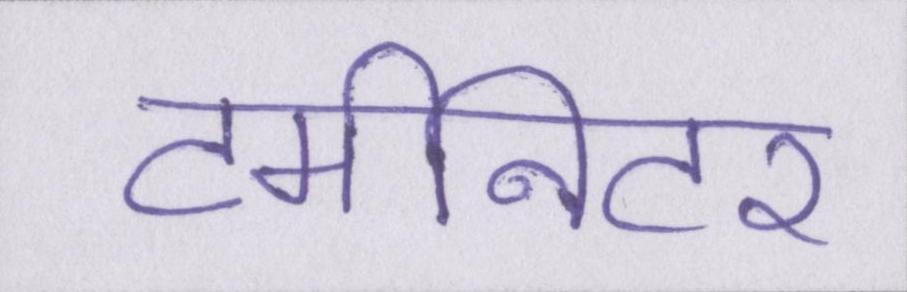
टर्मीनेटर